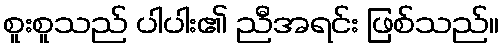
စူးစူသည် ပါပါး၏ ညီအရင်း ဖြစ်သည်။